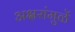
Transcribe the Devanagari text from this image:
अक्षरांमुळें